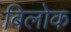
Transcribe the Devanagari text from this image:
बिलोक